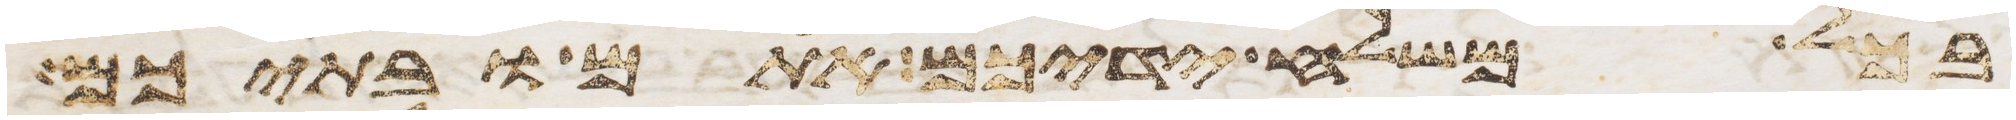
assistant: בכל משלח ידיכם אתם ובתיכם